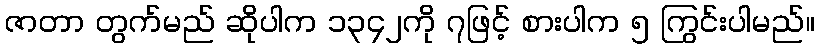
ဇာတာ တွက်မည် ဆိုပါက ၁၃၄၂ကို ၇ဖြင့် စားပါက ၅ ကြွင်းပါမည်။